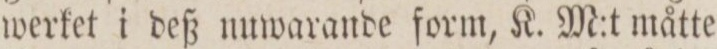
werket i deß nuwarande form, K. M:t måtte